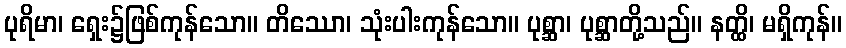
ပုရိမာ၊ ရှေး၌ဖြစ်ကုန်သော။ တိဿော၊ သုံးပါးကုန်သော။ ပုစ္ဆာ၊ ပုစ္ဆာတို့သည်။ နတ္ထိ၊ မရှိကုန်။